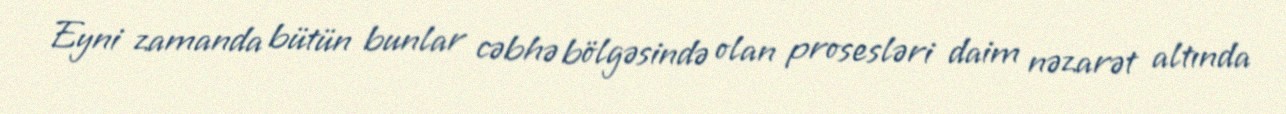
Eyni zamanda bütün bunlar cəbhə bölgəsində olan prosesləri daim nəzarət altında